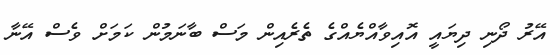
އޭރު ދޯނި ދިޔައީ އޮއިވާއްޔެއްގެ ތެރެއިން މަސް ބާނަމުން ކަމަށް ވެސް އޭނާ